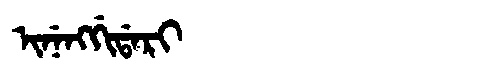
Manchu: ᡳᠨᡝᠩᡤᡳᡩᠠᡵᡳ
Romanization: INENGGIDARI